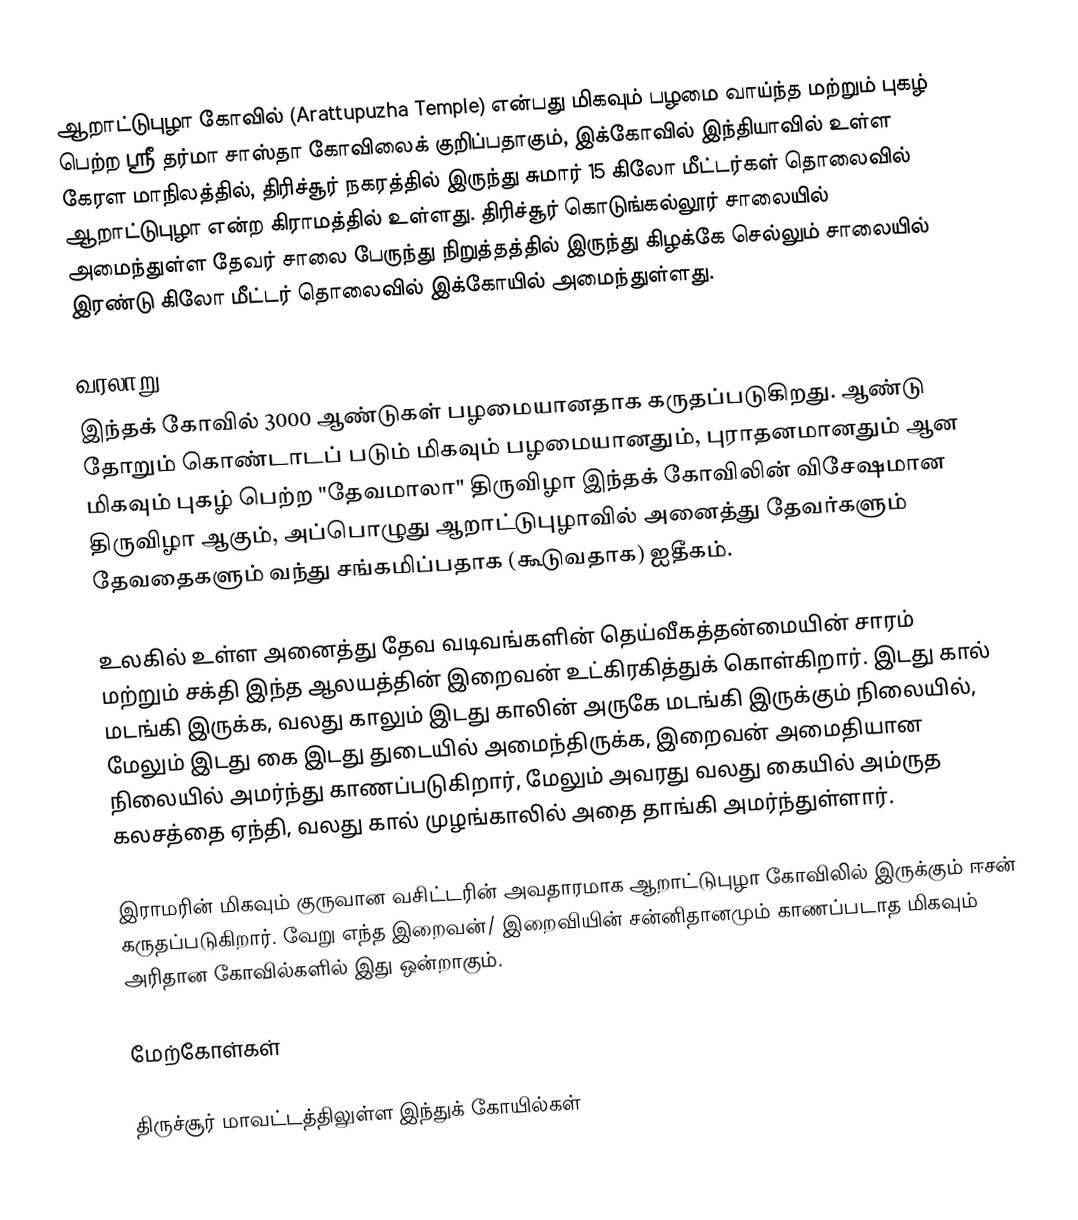
ஆறாட்டுபுழா கோவில் (Arattupuzha Temple) என்பது மிகவும் பழமை வாய்ந்த மற்றும் புகழ் பெற்ற ஸ்ரீ தர்மா சாஸ்தா கோவிலைக் குறிப்பதாகும், இக்கோவில் இந்தியாவில் உள்ள கேரள மாநிலத்தில், திரிச்சூர் நகரத்தில் இருந்து சுமார் 15 கிலோ மீட்டர்கள் தொலைவில் ஆறாட்டுபுழா என்ற கிராமத்தில் உள்ளது. திரிச்சூர் கொடுங்கல்லூர் சாலையில் அமைந்துள்ள தேவர் சாலை பேருந்து நிறுத்தத்தில் இருந்து கிழக்கே செல்லும் சாலையில் இரண்டு கிலோ மீட்டர் தொலைவில் இக்கோயில் அமைந்துள்ளது.

வரலாறு
இந்தக் கோவில் 3000 ஆண்டுகள் பழமையானதாக கருதப்படுகிறது. ஆண்டு தோறும் கொண்டாடப் படும் மிகவும் பழமையானதும், புராதனமானதும் ஆன மிகவும் புகழ் பெற்ற "தேவமாலா" திருவிழா இந்தக் கோவிலின் விசேஷமான திருவிழா ஆகும், அப்பொழுது ஆறாட்டுபுழாவில் அனைத்து தேவர்களும் தேவதைகளும் வந்து சங்கமிப்பதாக (கூடுவதாக) ஐதீகம்.

உலகில் உள்ள அனைத்து தேவ வடிவங்களின் தெய்வீகத்தன்மையின் சாரம் மற்றும் சக்தி இந்த ஆலயத்தின் இறைவன் உட்கிரகித்துக் கொள்கிறார். இடது கால் மடங்கி இருக்க, வலது காலும் இடது காலின் அருகே மடங்கி இருக்கும் நிலையில், மேலும் இடது கை இடது துடையில் அமைந்திருக்க, இறைவன் அமைதியான நிலையில் அமர்ந்து காணப்படுகிறார், மேலும் அவரது வலது கையில் அம்ருத கலசத்தை ஏந்தி, வலது கால் முழங்காலில் அதை தாங்கி அமர்ந்துள்ளார்.

இராமரின் மிகவும் குருவான வசிட்டரின் அவதாரமாக ஆறாட்டுபுழா கோவிலில் இருக்கும் ஈசன் கருதப்படுகிறார். வேறு எந்த இறைவன்/ இறைவியின் சன்னிதானமும் காணப்படாத மிகவும் அரிதான கோவில்களில் இது ஒன்றாகும்.

மேற்கோள்கள்

திருச்சூர் மாவட்டத்திலுள்ள இந்துக் கோயில்கள்